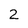
Character: 2